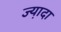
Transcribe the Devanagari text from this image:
ज्या़दा